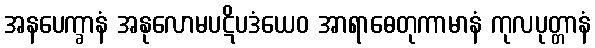
အနပေက္ခာနံ အနုလောမပဋိပဒံယေဝ အာရာဓေတုကာမာနံ ကုလပုတ္တာနံ